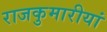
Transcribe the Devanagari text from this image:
राजकुमारीयां